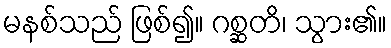
မနစ်သည် ဖြစ်၍။ ဂစ္ဆတိ၊ သွား၏။